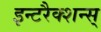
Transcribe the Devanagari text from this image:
इन्टरैक्शन्स्